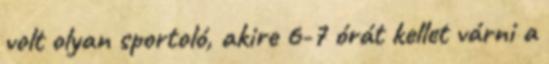
volt olyan sportoló, akire 6-7 órát kellet várni a